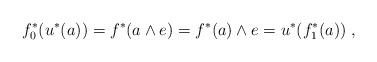
\begin{align*}f_0^*(u^*(a))=f^*(a\wedge e)=f^*(a)\wedge e=u^*(f_1^*(a))\;,\end{align*}